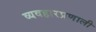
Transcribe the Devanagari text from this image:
व्यवहारप्रणाली